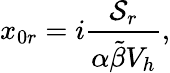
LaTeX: x_{0r}=i\frac{\mathcal{S}_{r}}{\alpha\tilde{\beta}V_{h}},